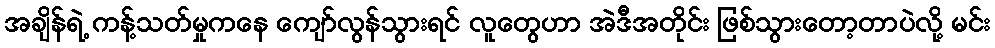
အချိန်ရဲ့ ကန့်သတ်မှုကနေ ကျော်လွန်သွားရင် လူတွေဟာ အဲဒီအတိုင်း ဖြစ်သွားတော့တာပဲလို့ မင်း